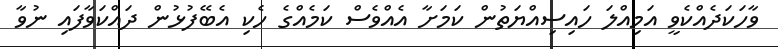
ވާހަކަދެއްކެވީ އަމިއްލަ ހައިސިއްޔަތުން ކަމަށާ އެއްވެސް ކަމެއްގެ ހެކި އެބޭފުޅުން ދައްކަވާފައި ނުވާ